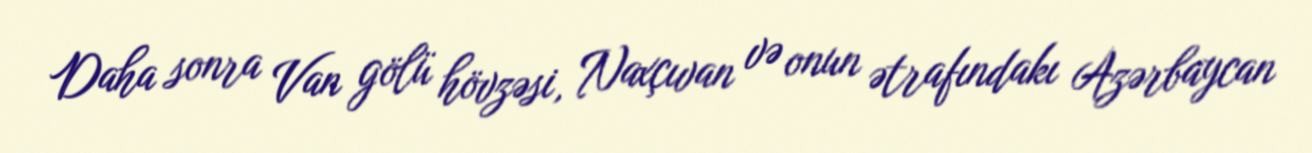
Daha sonra Van gölü hövzəsi, Naxçıvan və onun ətrafındakı Azərbaycan